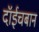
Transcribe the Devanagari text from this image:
दॉईचबान